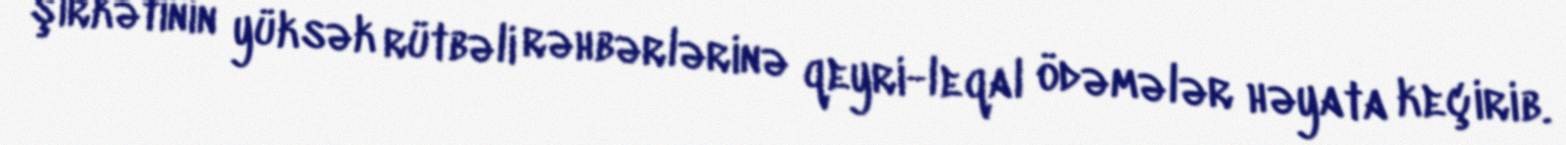
şirkətinin yüksək rütbəli rəhbərlərinə qeyri-leqal ödəmələr həyata keçirib.